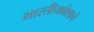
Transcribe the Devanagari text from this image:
भारतीयवंशाचे